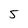
Character: 5